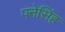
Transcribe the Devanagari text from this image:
पनेसिंह